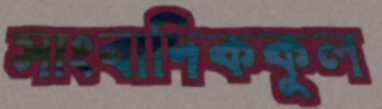
সাংবাদিককুল